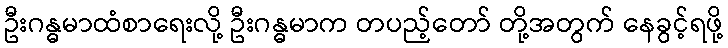
ဦးဂန္ဓမာထံစာရေးလို့ ဦးဂန္ဓမာက တပည့်တော် တို့အတွက် နေခွင့်ရဖို့